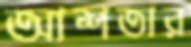
আশতার